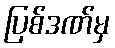
ပြစ်ဒဏ်မှ